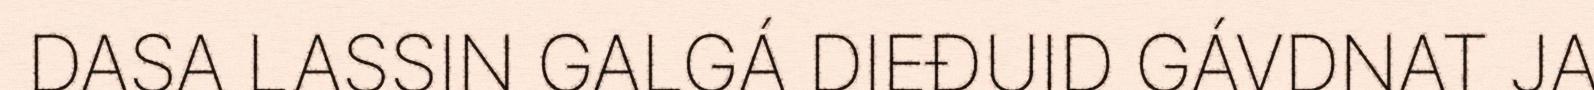
DASA LASSIN GALGÁ DIEĐUID GÁVDNAT JA